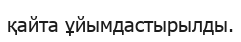
қайта ұйымдастырылды.